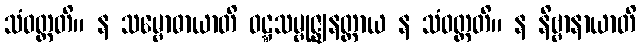
သံဝတ္တတိ။ န သမ္ဗောဓာယာတိ ဝဋ္ဋသမ္ဗုဇ္ဈနတ္ထာယ န သံဝတ္တတိ။ န နိဗ္ဗာနာယာတိ